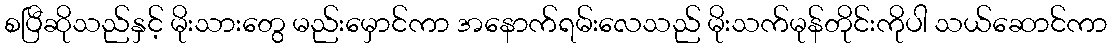
စပြီဆိုသည်နှင့် မိုးသားတွေ မည်းမှောင်ကာ အနောက်ရမ်းလေသည် မိုးသက်မုန်တိုင်းကိုပါ သယ်ဆောင်ကာ